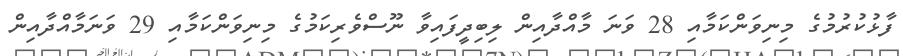
ފާޅުކުރުމުގެ މިނިވަންކަމާއި 28 ވަނަ މާއްދާއިން ލިބިދީފައިވާ ނޫސްވެރިކަމުގެ މިނިވަންކަމާއި 29 ވަނަމާއްދާއިން